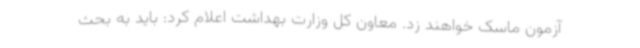
آزمون ماسک خواهند زد. معاون کل وزارت بهداشت اعلام کرد: باید به بحث